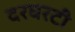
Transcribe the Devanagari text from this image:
दरघरटी